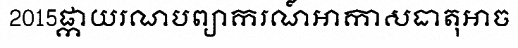
2015ផ្កាយរណបព្យាករណ៍អាកាសធាតុអាច